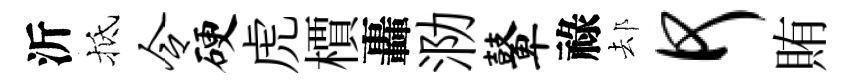
沂抵令硬虎檟轟泐鼙祿𨚫何賄